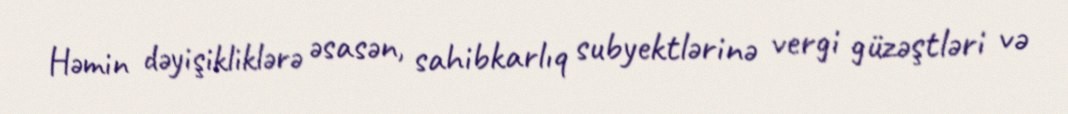
Həmin dəyişikliklərə əsasən, sahibkarlıq subyektlərinə vergi güzəştləri və